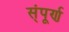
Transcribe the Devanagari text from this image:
स्ंपूर्ण